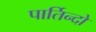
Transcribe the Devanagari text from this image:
पार्तिन्दो